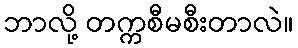
ဘာလို့ တက္ကစီမစီးတာလဲ။